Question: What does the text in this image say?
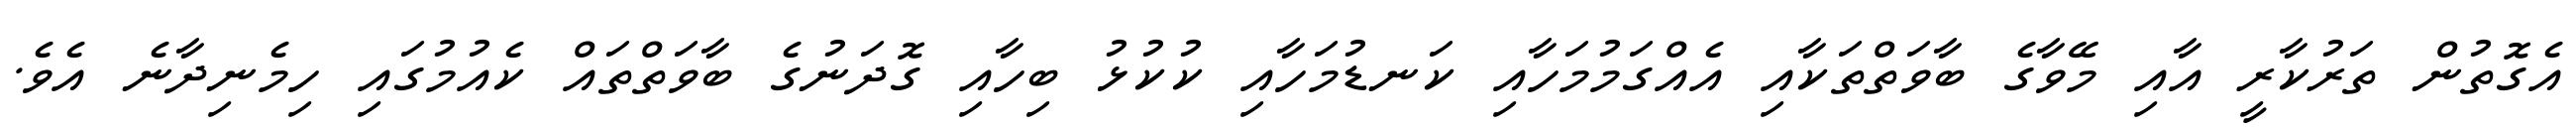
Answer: އެގޮތުން ތަރުކާރީ އާއި މޭވާގެ ބާވަތްތަކާއި އެއްގަމުމަހާއި ކަނޑުމަހާއި ކުކުޅު ބިހާއި ގޮދަނުގެ ބާވަތްތައް ކެއުމުގައި ހިމެނިދާނެ އެވެ.